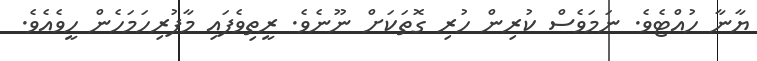
ޔާނާ ހުއްޓެވެ. ނަމަވެސް ކުރިން ހުރި ގޮތަކަށް ނޫނެވެ. ރީތިވެފައި މާފުރިހަމަހެން ހީވެއެވެ.